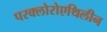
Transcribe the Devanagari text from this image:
परक्लोरोएथिलीन